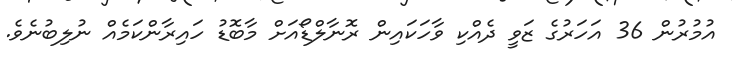
އުމުރުން 36 އަހަރުގެ ޒަވީ ދެއްކި ވާހަކައިން ރޮނާލްޑޯއަށް މާބޮޑު ހައިރާންކަމެއް ނުލިބުނެވެ.